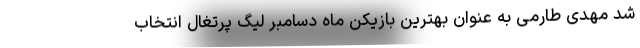
شد مهدی طارمی به عنوان بهترین بازیکن ماه دسامبر لیگ پرتغال انتخاب